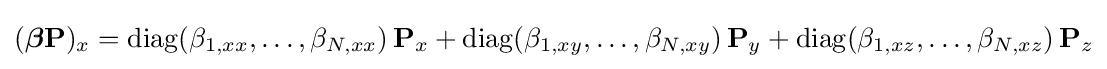
({\boldsymbol {\beta }}\mathbf {P} )_{x}=\mathrm {diag} (\beta _{1,xx},\dots ,\beta _{N,xx})\,\mathbf {P} _{x}+\mathrm {diag} (\beta _{1,xy},\dots ,\beta _{N,xy})\,\mathbf {P} _{y}+\mathrm {diag} (\beta _{1,xz},\dots ,\beta _{N,xz})\,\mathbf {P} _{z}